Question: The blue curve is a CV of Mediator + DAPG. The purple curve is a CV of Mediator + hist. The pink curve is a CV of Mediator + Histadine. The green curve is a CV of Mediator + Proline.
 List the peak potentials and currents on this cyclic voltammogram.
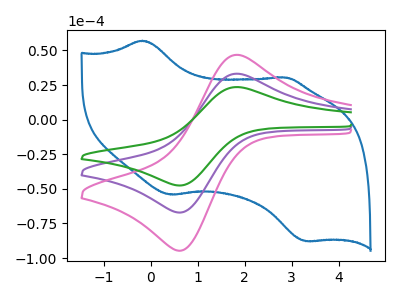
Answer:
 <answer>The blue curve "Mediator + DAPG" has anodic peaks at (-0.20V, 57.05uA) (2.90V, 30.40uA) and cathodic peaks at (0.40V, -54.20uA) (3.30V, -87.80uA). The purple curve "Mediator + hist" has an anodic peak at (1.80V, 33.15uA) and a cathodic peak at (0.65V, -67.15uA). The pink curve "Mediator + Histadine" has an anodic peak at (1.80V, 46.80uA) and a cathodic peak at (0.65V, -94.75uA). The green curve "Mediator + Proline" has an anodic peak at (1.80V, 66.30uA) and a cathodic peak at (0.65V, -134.30uA).</answer>
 <eval></eval>